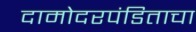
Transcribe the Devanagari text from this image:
दामोदरपंडिताचा